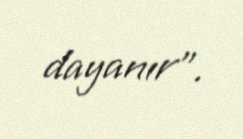
dayanır”.